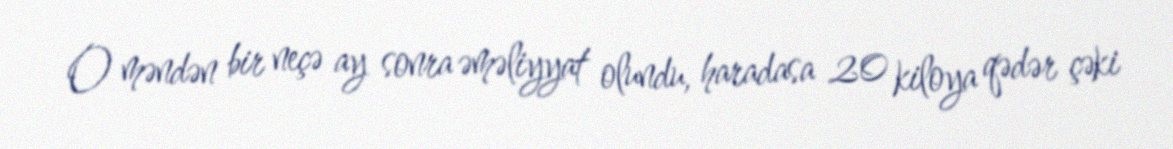
O məndən bir neçə ay sonra əməliyyat olundu, haradasa 20 kiloya qədər çəki